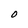
Character: O